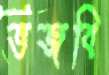
ভজবি